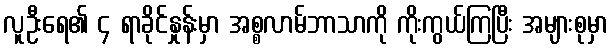
လူဦးရေ၏ ၄ ရာခိုင်နှုန်းမှာ အစ္စလာမ်ဘာသာကို ကိုးကွယ်ကြပြီး အများစုမှာ